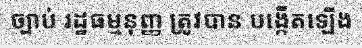
ច្បាប់ រដ្ឋធម្មនុញ្ញ ត្រូវបាន បង្កើតឡើង